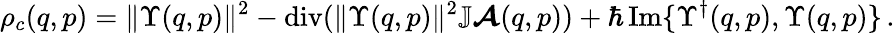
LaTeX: \rho_{c}(q,p)=\| \Upsilon(q,p)\| ^{2}-\operatorname{div}(\| \Upsilon(q,p)\| ^{2}\mathbb{J}\boldsymbol{\cal A}(q,p))+\hbar\operatorname{Im}\{ \Upsilon^{\dagger}(q,p),\Upsilon(q,p)\} \, .